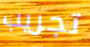
تجريب